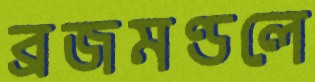
ব্রজমণ্ডলে